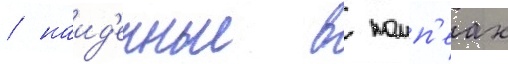
/ наид'енные в помп'еах